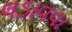
લડાવવા